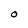
Character: O